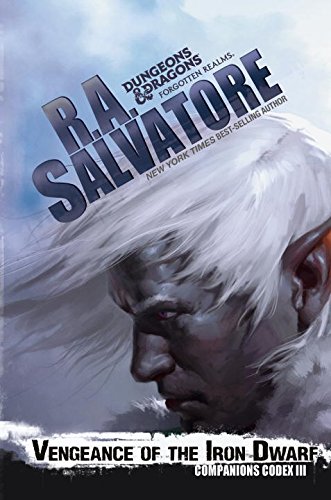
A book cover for Vengeance of the Iron Dwarf; R. A. Salvatore; Science Fiction & Fantasy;